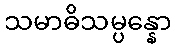
သမာဓိသမ္ပန္နော